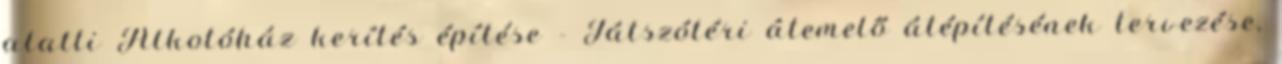
alatti Alkotóház kerítés építése - Játszótéri átemelő átépítésének tervezése,